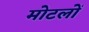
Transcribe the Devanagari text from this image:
मोटलों